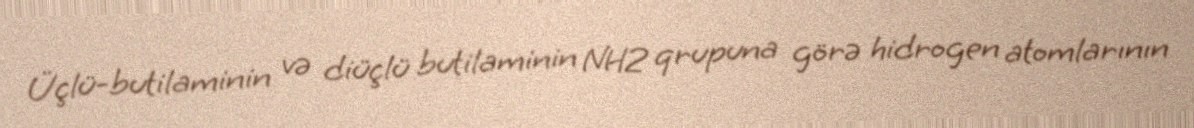
Üçlü-butilaminin və diüçlü butilaminin NH2 qrupuna görə hidrogen atomlarının